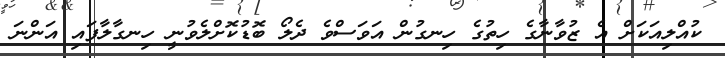
ކުއްލިއަކަށް އެ ޒުވާނާގެ ހިތުގެ ހިނގުން އަވަސްވެ ދެލޯ ބޮޑުކޮށްލެވުނީ ހިނގާލާފައި އަންނަ